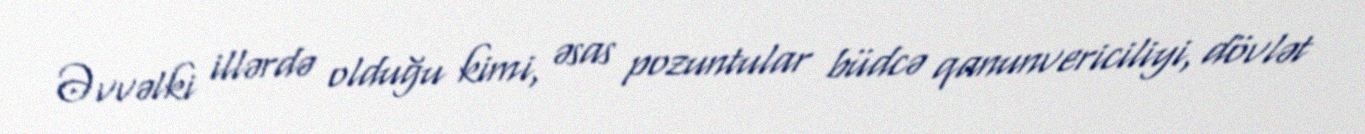
Əvvəlki illərdə olduğu kimi, əsas pozuntular büdcə qanunvericiliyi, dövlət